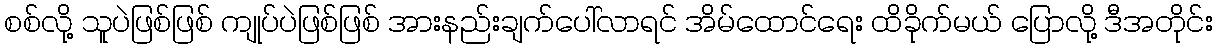
စစ်လို့ သူပဲဖြစ်ဖြစ် ကျုပ်ပဲဖြစ်ဖြစ် အားနည်းချက်ပေါ်လာရင် အိမ်ထောင်ရေး ထိခိုက်မယ် ပြောလို့ ဒီအတိုင်း